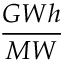
\frac { G W h } { M W }